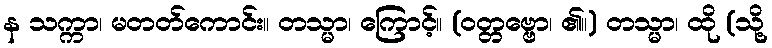
န သက္ကာ၊ မတတ်ကောင်း။ တသ္မာ၊ ကြောင့်။ (ဝတ္တဗ္ဗော၊ ၏။) တသ္မာ၊ ထို (သို့